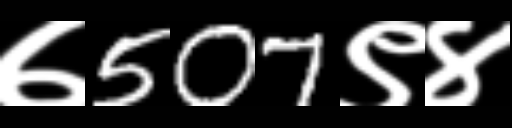
Text: ७507९४